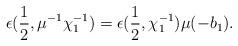
LaTeX: \begin{align*}\epsilon(\frac{1}{2},\mu^{-1}\chi_1^{-1}) = \epsilon(\frac{1}{2},\chi_1^{-1})\mu(-b_1). \end{align*}